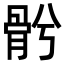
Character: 𩨦